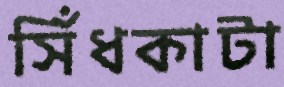
সিঁধকাটা